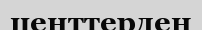
центтерден